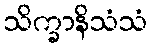
သိက္ခာနိသံသံ